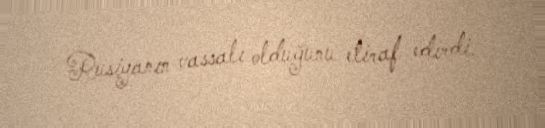
Rusiyanın vassalı olduğunu etiraf edirdi.